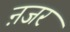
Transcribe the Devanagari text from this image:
ऩजर